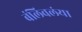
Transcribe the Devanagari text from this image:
बंलिवलंया